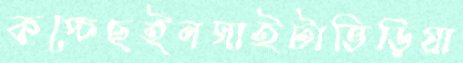
কপ্‌চেছইনসাইটাভিড়িয়া